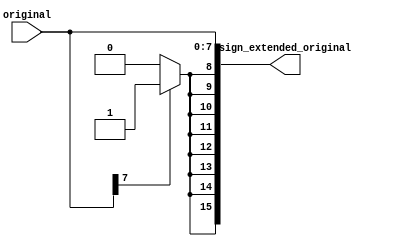
////////////////////////////////////////////////////////////////////////////////
// Original Author: Schuyler Eldridge
// Contact Point: Schuyler Eldridge (schuyler.eldridge@gmail.com)
// sign_extender.v
//
// Generic sign extension module
//
// Copyright (C) 2012 Schuyler Eldridge, Boston University
//
// This program is free software: you can redistribute it and/or modify
// it under the terms of the GNU General Public License as published by
// the Free Software Foundation, either version 3 of the License.
//
// This program is distributed in the hope that it will be useful,
// but WITHOUT ANY WARRANTY; without even the implied warranty of
// MERCHANTABILITY or FITNESS FOR A PARTICULAR PURPOSE.  See the
// GNU General Public License for more details.
//
// You should have received a copy of the GNU General Public License
// along with this program.  If not, see <http://www.gnu.org/licenses/>.
////////////////////////////////////////////////////////////////////////////////
`timescale 1ns/1ps
module sign_extender
  #(
    parameter
    INPUT_WIDTH = 8,
    OUTPUT_WIDTH = 16
    )
  (
   input [INPUT_WIDTH-1:0] original,
   output reg [OUTPUT_WIDTH-1:0] sign_extended_original
   );

  wire [OUTPUT_WIDTH-INPUT_WIDTH-1:0] sign_extend;

  generate
    genvar                           i;
    for (i = 0; i < OUTPUT_WIDTH-INPUT_WIDTH; i = i + 1) begin : gen_sign_extend
      assign sign_extend[i]  = (original[INPUT_WIDTH-1]) ? 1'b1 : 1'b0;
    end
  endgenerate

  always @ * begin
    sign_extended_original  = {sign_extend,original};
  end

endmodule